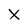
Character: X